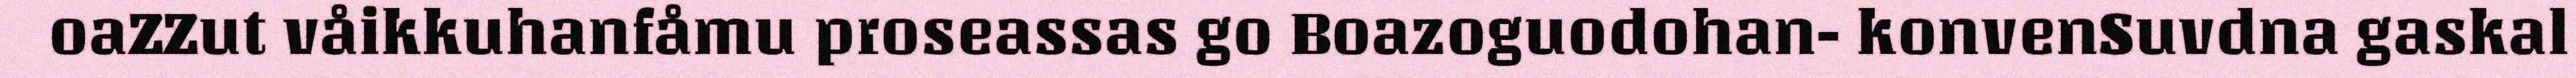
oaZZut våikkuhanfåmu proseassas go Boazoguodohan- konvenSuvdna gaskal